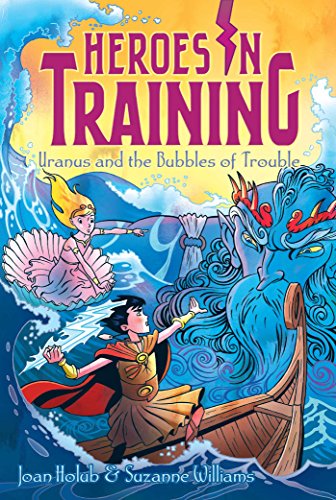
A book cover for Uranus and the Bubbles of Trouble (Heroes in Training); Joan Holub; Children's Books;